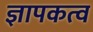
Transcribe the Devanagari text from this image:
ज्ञापकत्व